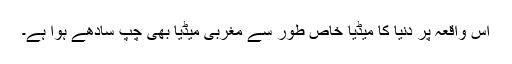
اس واقعہ پر دنیا کا میڈیا خاص طور سے مغربی میڈیا بھی چپ سادھے ہوا ہے۔